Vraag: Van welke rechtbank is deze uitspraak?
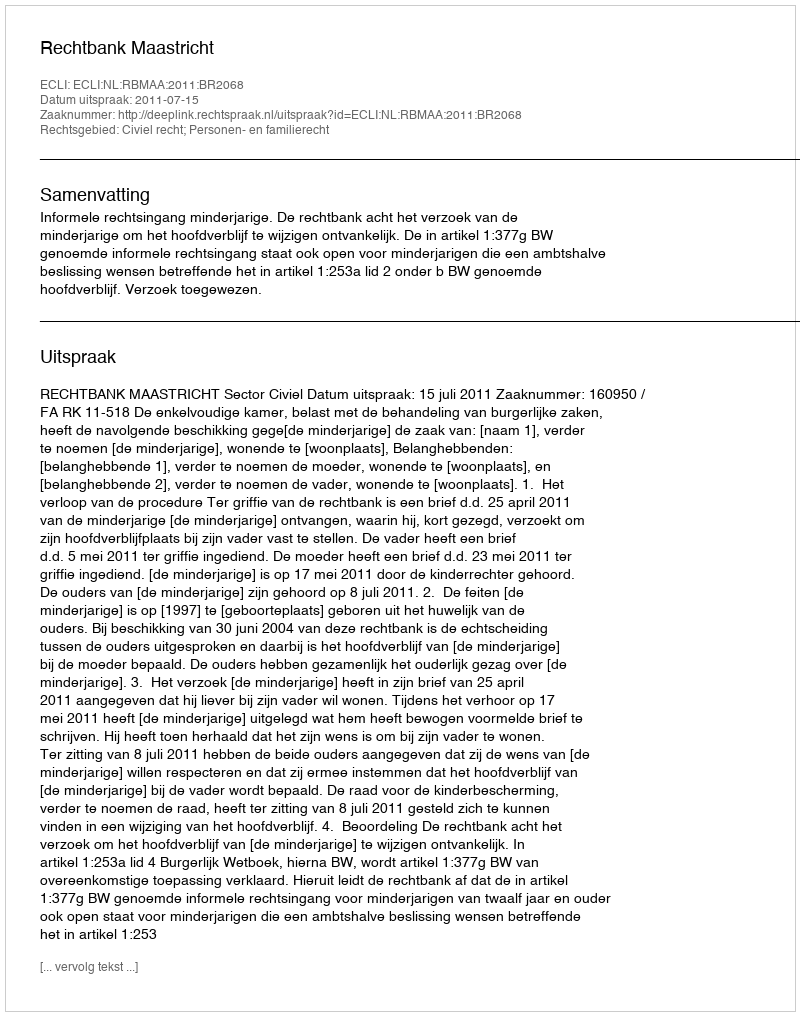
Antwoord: Rechtbank Maastricht